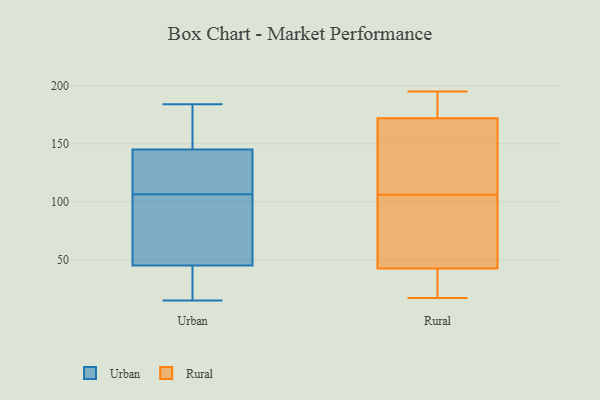
{"axis": {"x": "Latency (ms)", "y": "Value"}, "legend": ["Rural", "Urban"], "data": [{"x": "", "y": 115, "type": "Urban"}, {"x": "", "y": 47, "type": "Urban"}, {"x": "", "y": 155, "type": "Urban"}, {"x": "", "y": 48, "type": "Urban"}, {"x": "", "y": 184, "type": "Urban"}, {"x": "", "y": 109, "type": "Urban"}, {"x": "", "y": 157, "type": "Urban"}, {"x": "", "y": 127, "type": "Urban"}, {"x": "", "y": 88, "type": "Urban"}, {"x": "", "y": 146, "type": "Urban"}, {"x": "", "y": 84, "type": "Urban"}, {"x": "", "y": 144, "type": "Urban"}, {"x": "", "y": 15, "type": "Urban"}, {"x": "", "y": 123, "type": "Urban"}, {"x": "", "y": 36, "type": "Urban"}, {"x": "", "y": 183, "type": "Urban"}, {"x": "", "y": 104, "type": "Urban"}, {"x": "", "y": 43, "type": "Urban"}, {"x": "", "y": 37, "type": "Urban"}, {"x": "", "y": 32, "type": "Urban"}, {"x": "", "y": 17, "type": "Rural"}, {"x": "", "y": 27, "type": "Rural"}, {"x": "", "y": 184, "type": "Rural"}, {"x": "", "y": 79, "type": "Rural"}, {"x": "", "y": 193, "type": "Rural"}, {"x": "", "y": 55, "type": "Rural"}, {"x": "", "y": 142, "type": "Rural"}, {"x": "", "y": 105, "type": "Rural"}, {"x": "", "y": 107, "type": "Rural"}, {"x": "", "y": 195, "type": "Rural"}, {"x": "", "y": 161, "type": "Rural"}, {"x": "", "y": 168, "type": "Rural"}, {"x": "", "y": 26, "type": "Rural"}, {"x": "", "y": 30, "type": "Rural"}, {"x": "", "y": 166, "type": "Rural"}, {"x": "", "y": 17, "type": "Rural"}, {"x": "", "y": 176, "type": "Rural"}, {"x": "", "y": 65, "type": "Rural"}, {"x": "", "y": 81, "type": "Rural"}, {"x": "", "y": 183, "type": "Rural"}]}